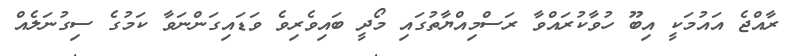
ރާއްޖެ އައުމަކީ އިބޫ ހުވާކުރައްވާ ރަސްމިއްޔާތުގައި މޯދީ ބައިވެރިވެ ވަޑައިގަންނަވާ ކަމުގެ ސިގުނަލެއް